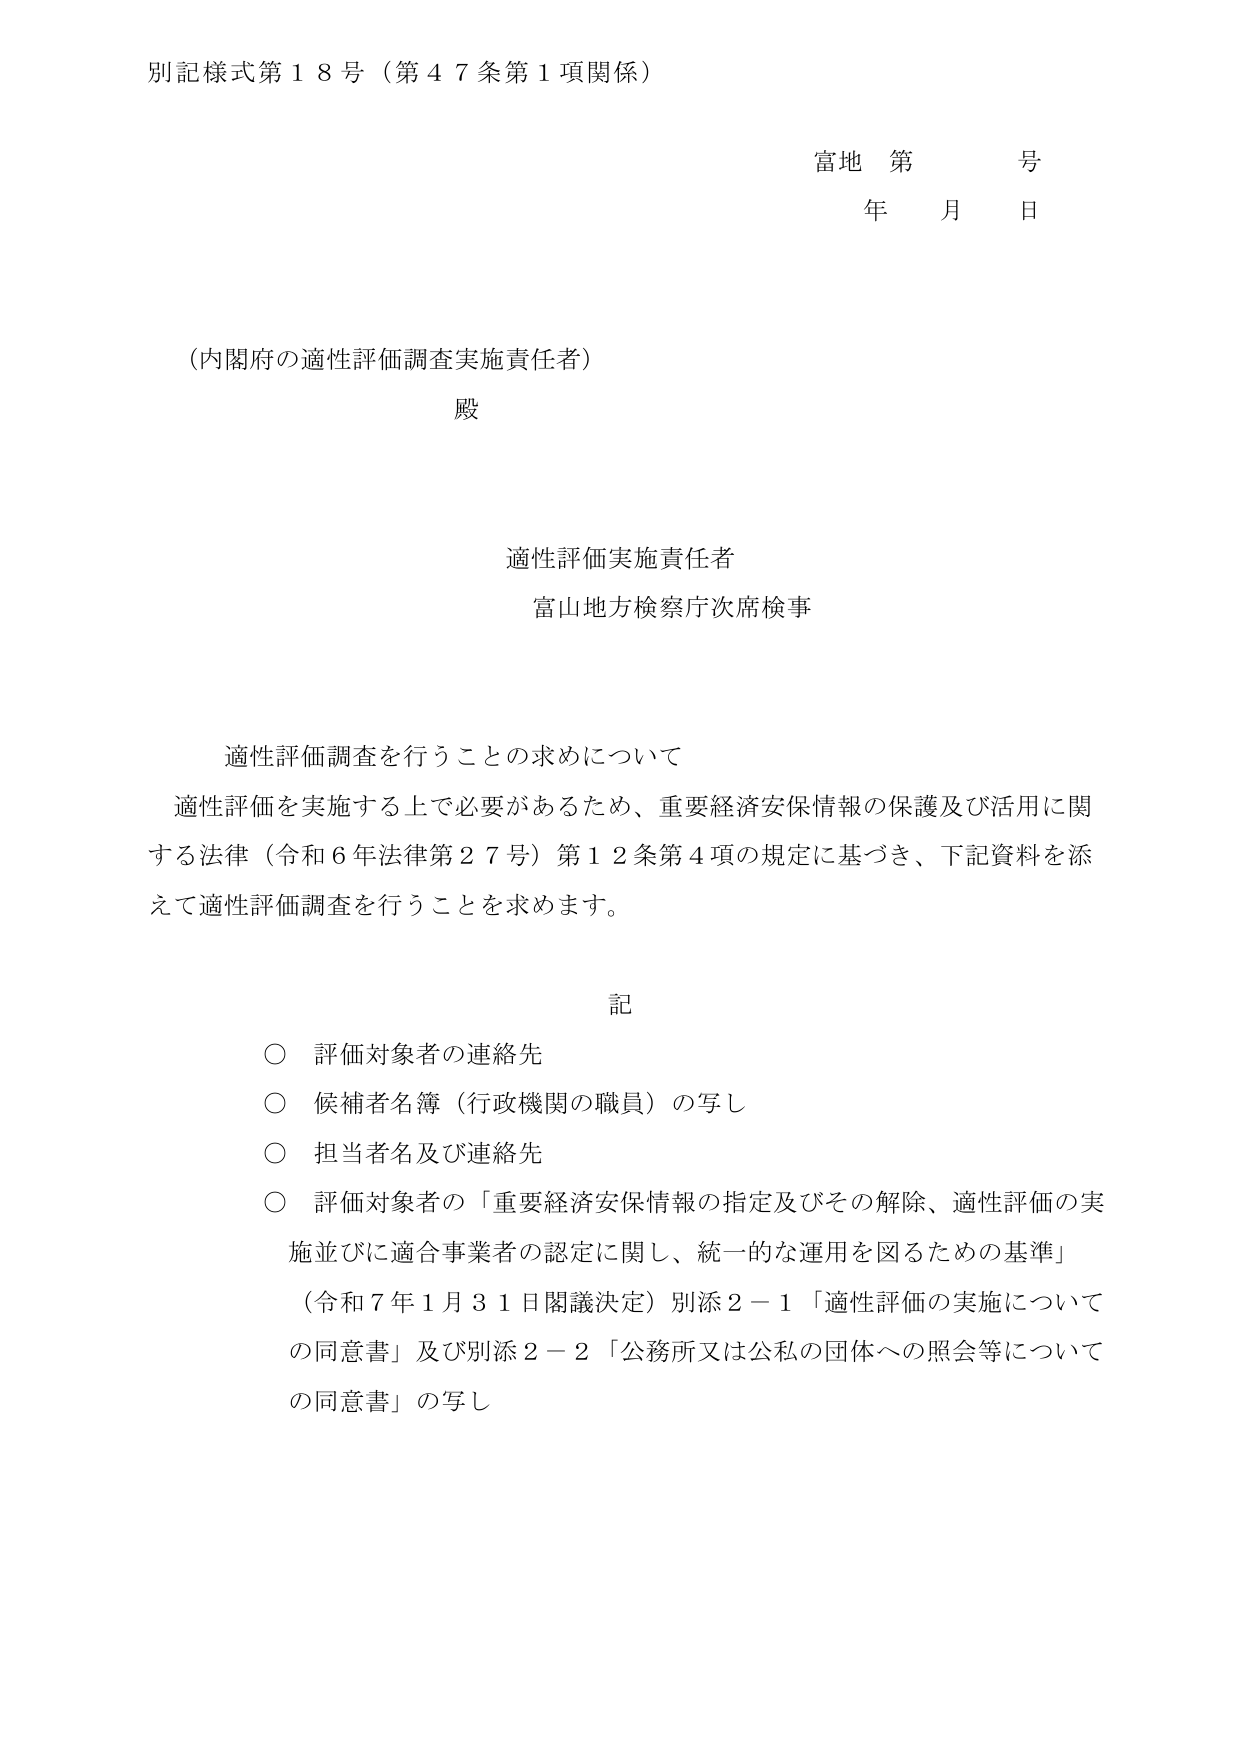
別記様式第１８号（第４７条第１項関係）

富地 第 号
年 月 日

（内閣府の適性評価調査実施責任者）
殿

適性評価実施責任者
富山地方検察庁次席検事

適性評価調査を行うことの求めについて
適性評価を実施する上で必要があるため、重要経済安保情報の保護及び活用に関する法律（令和６年法律第２７号）第１２条第４項の規定に基づき、下記資料を添えて適性評価調査を行うことを求めます。

記
○ 評価対象者の連絡先
○ 候補者名簿（行政機関の職員）の写し
○ 担当者名及び連絡先
○ 評価対象者の「重要経済安保情報の指定及びその解除、適性評価の実施並びに適合事業者の認定に関し、統一的な運用を図るための基準」
（令和７年１月３１日閣議決定）別添２－１「適性評価の実施についての同意書」及び別添２－２「公務所又は公私の団体への照会等についての同意書」の写し